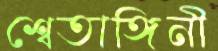
শ্বেতাঙ্গিনী